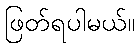
ဖြတ်ရပါမယ်။